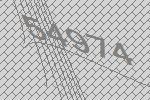
54974